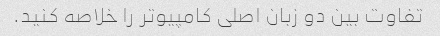
تفاوت بین دو زبان اصلی کامپیوتر را خلاصه کنید.